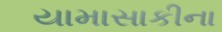
યામાસાકીના